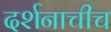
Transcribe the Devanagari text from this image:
दर्शनाचीच